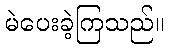
မဲပေးခဲ့ကြသည်။